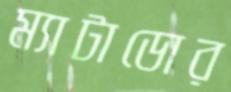
ম্যাটাডোর